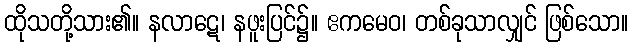
ထိုသတို့သား၏။ နလာဋေ၊ နဖူးပြင်၌။ ဧကမေဝ၊ တစ်ခုသာလျှင် ဖြစ်သော။